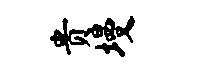
贵墁